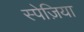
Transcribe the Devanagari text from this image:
स्पेज़िया